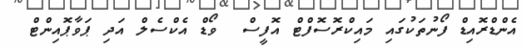
އެންޑްރޮއިޑް ފޯނުތަކުގައި މައިކްރޮސޮފްޓް އޮފީސް  ވޯޑް އެކްސެލް އަދި ޕަވާޕޮއިންޓް